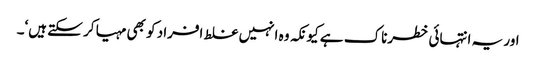
اور یہ انتہائی خطرناک ہے کیونکہ وہ انہیں غلط افراد کو بھی مہیا کر سکتے ہیں‘۔